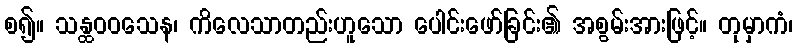
စ၍။ သန္ထဝဝသေန၊ ကိလေသာတည်းဟူသော ပေါင်းဖော်ခြင်း၏ အစွမ်းအားဖြင့်။ တုမှာကံ၊